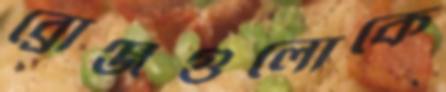
ব্রোঞ্জগুলোকে